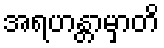
အရဟန္တာမှာတိ